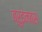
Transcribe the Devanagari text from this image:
ब्रुइनबस